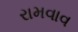
રામવાવ